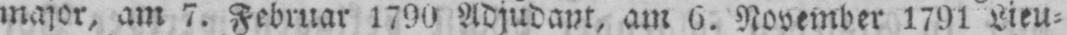
major, am 7. Februar 1790 Adjudant, am 6. November 1791 Lieu⸗